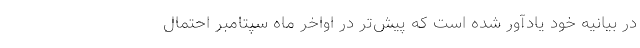
در بیانیه خود یادآور شده است که پیش‌تر در اواخر ماه سپتامبر احتمال